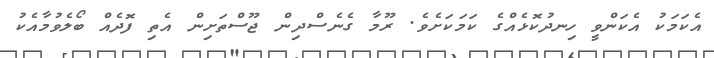
އެކަމަކު އެކަންވީ ހިނދުކޮޅެއްގެ ކަމަކަށެވެ. ރޫމާ ގެނެސްދިން ޖޫސްތަށިން އެތި ފޮދެއް ބޯލެވުމާއެކު